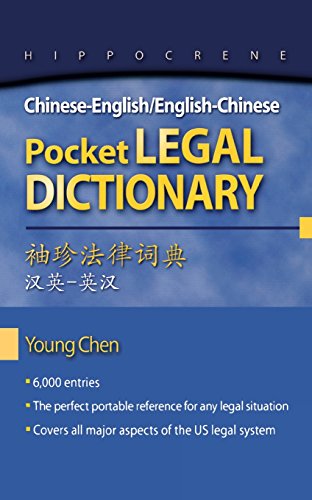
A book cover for Chinese-English/English-Chinese Pocket Legal Dictionary (Chinese Edition); Young Chen; Law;